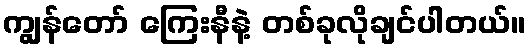
ကျွန်တော် ကြေးနီနဲ့ တစ်ခုလိုချင်ပါတယ်။